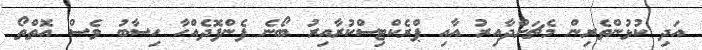
އަދި ކުޅުންތެރިން މެޗަށްދާއިރު އާއި ޕްރެކްޓިސްކުރާއިރު ބޯނެ ފެންފޮދެއްހާ ހިސާބު ވެސް އޮތްތޯ